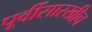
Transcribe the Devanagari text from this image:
पूर्वीसारखीच